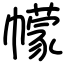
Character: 幪